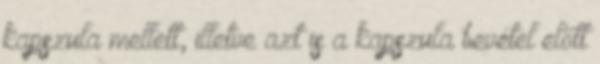
kapszula mellett, illetve azt is a kapszula bevétel előtt